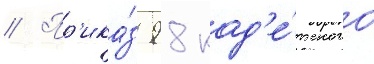
// Пр'ика́з 98 кад'е́тского